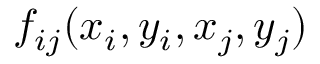
f _ { i j } ( x _ { i } , y _ { i } , x _ { j } , y _ { j } )